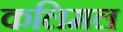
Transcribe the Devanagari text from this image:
कलिमल